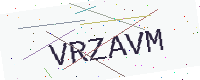
Text: VRZAVM